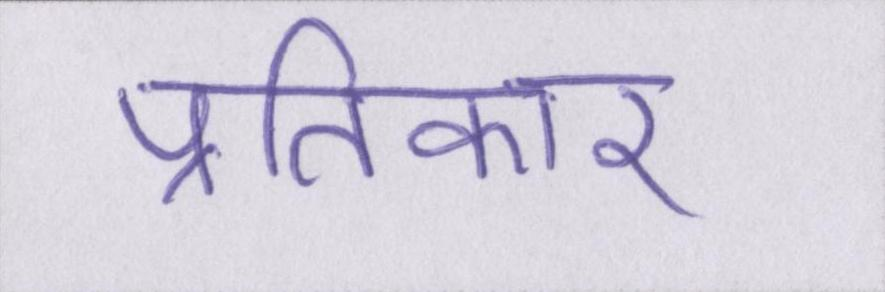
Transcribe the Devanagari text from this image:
प्रतिकार